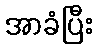
အာခံပြီး